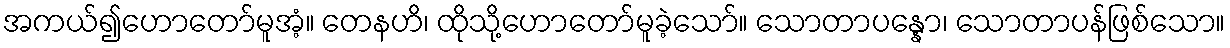
အကယ်၍ဟောတော်မူအံ့။ တေနဟိ၊ ထိုသို့ဟောတော်မူခဲ့သော်။ သောတာပန္နော၊ သောတာပန်ဖြစ်သော။